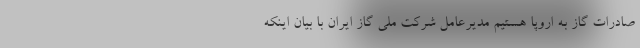
صادرات گاز به اروپا هستیم مدیرعامل شرکت ملی گاز ایران با بیان اینکه